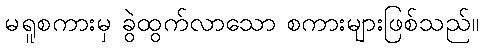
မရူစကားမှ ခွဲထွက်လာသော စကားများဖြစ်သည်။